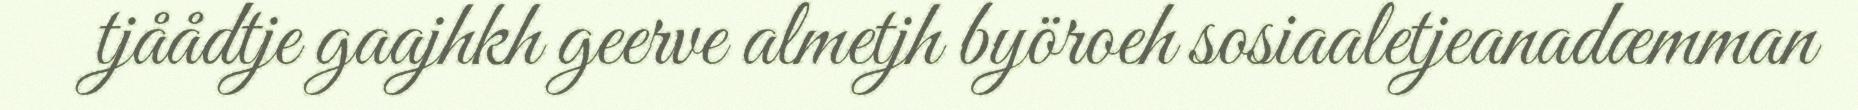
tjåådtje gaajhkh geerve almetjh byöroeh sosiaaletjeanadæmman